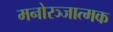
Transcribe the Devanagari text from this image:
मनोरञ्जात्मक